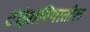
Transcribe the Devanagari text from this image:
टांझानियातील